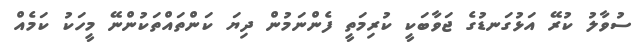
ސުވާލު ކުރޭ އަޅުގަނޑުގެ ޖަވާބަކީ ކުރިމަތީ ފެންނަމުން ދިޔަ ކަންތައްތަކުންނޭ މީހަކު ކަމެއް